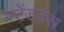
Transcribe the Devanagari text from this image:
स्टेंडर्डस